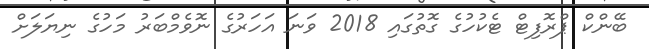
ބޭންކް ޕްރޮފިޓް ޓެކުހުގެ ގޮތުގައި 2018 ވަނަ އަހަރުގެ ނޮވެމްބަރު މަހުގެ ނިޔަލަށް